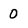
Character: O